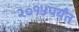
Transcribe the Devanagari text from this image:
२०१५पर्यंत